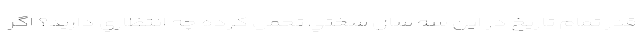
قدر تمام تاريخ در اين سه سال سختي تحمل كرده چه انتظاري داريد؟ اگر